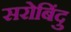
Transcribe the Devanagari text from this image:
सरोबिंदु